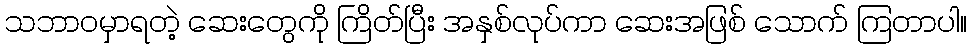
သဘာဝမှာရတဲ့ ဆေးတွေကို ကြိတ်ပြီး အနှစ်လုပ်ကာ ဆေးအဖြစ် သောက် ကြတာပါ။